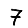
Digit: 7